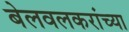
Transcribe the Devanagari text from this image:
बेलवलकरांच्या